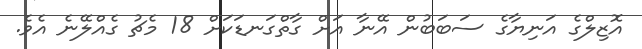
އޮޒިލްގެ އަނިޔާގެ ސަބަބުން އޭނާ އަށް ގާތްގަނޑަކަށް 18 މެޗު ގެއްލޭނެ އެވެ.